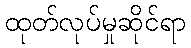
ထုတ်လုပ်မှုဆိုင်ရာ